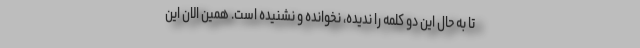
تا به حال این دو کلمه را ندیده، نخوانده و نشنیده است. همین الان این